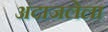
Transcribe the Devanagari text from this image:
अंदाजलेला